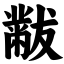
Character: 黻